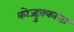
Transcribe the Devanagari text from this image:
कोज्हुक्कात्ता